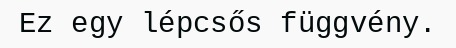
Ez egy lépcsős függvény.